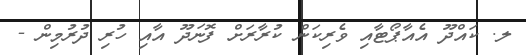
ލ. ކައްދޫ އެއާޕޯޓާއި ވެރިކަން ކުރާރަށް ފޮނަދޫ އާއި ހުރި ދުރުމިން -